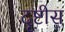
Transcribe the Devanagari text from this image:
दॄष्टीस